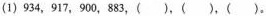
(1)934，917，900，883，()，()，()。